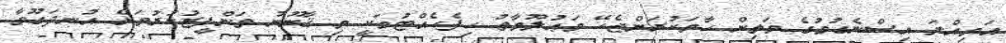
އަމިއްލަ އިސްނެގުމުގެ މަތިން ހާމަކުރަންޖެހޭ މަޢުލޫމާތު ހިފެހެއްޓުމަކީ މި ޤާނޫނު ތަންފީޒުކުރުމަށް އުނދަގޫވާ